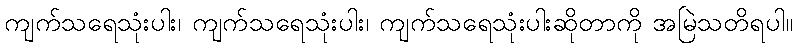
ကျက်သရေသုံးပါး၊ ကျက်သရေသုံးပါး၊ ကျက်သရေသုံးပါးဆိုတာကို အမြဲသတိရပါ။